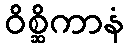
ဝိစ္ဆိကာနံ